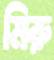
মিরু